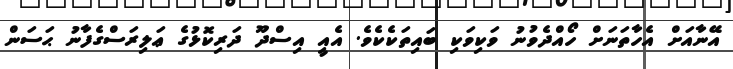
އޭނާއަށް އެހާތަނަށް ހޯއްދެވުނު ވަކިވަކި ބައިތަކެކެވެ. އެއީ އިސްދޫ ދަރިކޮޅުގެ ޢަލިރަސްގެފާނު ޙަސަން